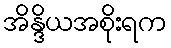
အိန္ဒိယအစိုးရက